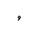
Letter: _waw